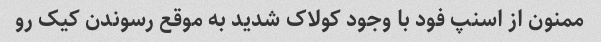
ممنون از اسنپ فود با وجود کولاک شدید به موقع رسوندن کیک رو